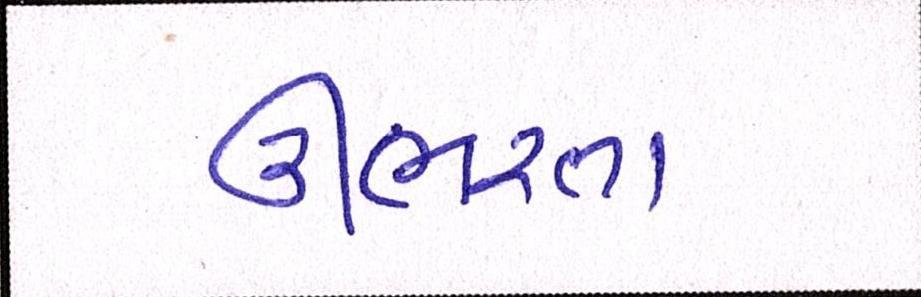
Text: ઊભરતા